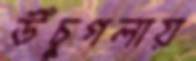
উঁচুগলায়